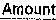
AMOUNT